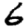
Digit: 6